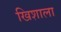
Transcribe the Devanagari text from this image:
खिशाला